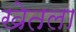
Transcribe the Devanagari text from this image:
खेतला